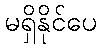
မရှိနိုင်ပေ